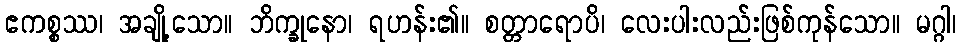
ဧကစ္စဿ၊ အချို့သော။ ဘိက္ခုနော၊ ရဟန်း၏။ စတ္တာရောပိ၊ လေးပါးလည်းဖြစ်ကုန်သော။ မဂ္ဂါ၊